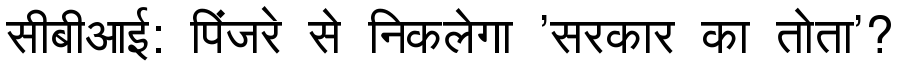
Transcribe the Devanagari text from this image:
सीबीआई: पिंजरे से निकलेगा 'सरकार का तोता'?